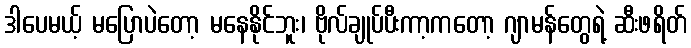
ဒါပေမယ့် မပြောပဲတော့ မနေနိုင်ဘူး၊ ဗိုလ်ချုပ်ပီးကာ့ကတော့ ဂျာမန်တွေရဲ့ ဆီးဖရိတ်